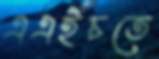
এএইচতে